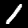
Label: 1